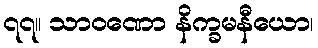
၇၇။ သာဝဏော နိက္ခမနီယော၊